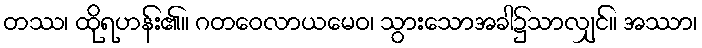
တဿ၊ ထိုရဟန်း၏။ ဂတဝေလာယမေဝ၊ သွားသောအခါ၌သာလျှင်။ အဿာ၊